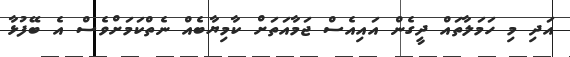
އަދި މި ހަމަލާތައް ދީގެން އައިއެސް ޖަމާއަތަށް ކާމިޔާބެއް ނެތްކަމަށްވެސް އެ ބޭފުޅާ